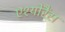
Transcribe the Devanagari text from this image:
एश्योरैंस